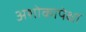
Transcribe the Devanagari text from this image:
अशोकापेक्षा